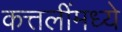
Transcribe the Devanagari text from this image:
कत्तलींमध्ये